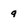
Character: 9